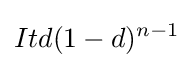
Itd(1-d)^{n-1}